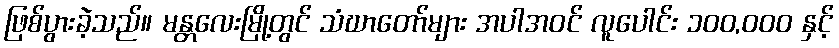
ဖြစ်ပွားခဲ့သည်။ မန္တလေးမြို့တွင် သံဃာတော်များ အပါအဝင် လူပေါင်း ၁၀၀,၀၀၀ နှင့်